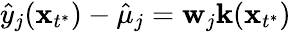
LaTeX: \hat{y}_{j}(\mathbf x_{t^{*}})-\hat{\mu}_{j}=\mathbf w_{j}\mathbf k(\mathbf x_{t^{*}})